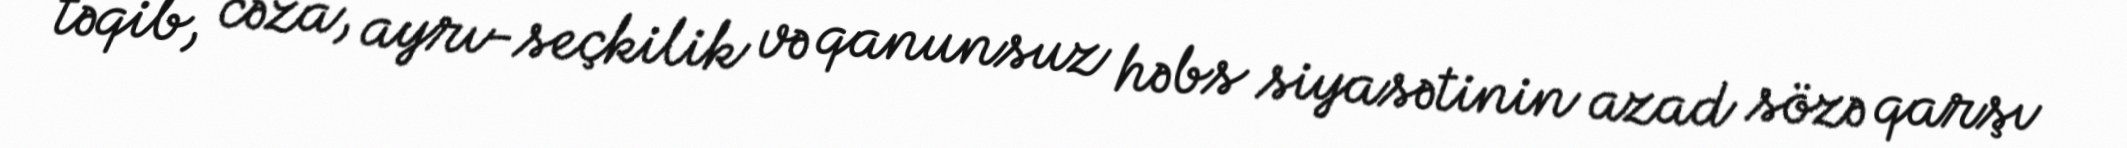
təqib, cəza, ayrı-seçkilik və qanunsuz həbs siyasətinin azad sözə qarşı